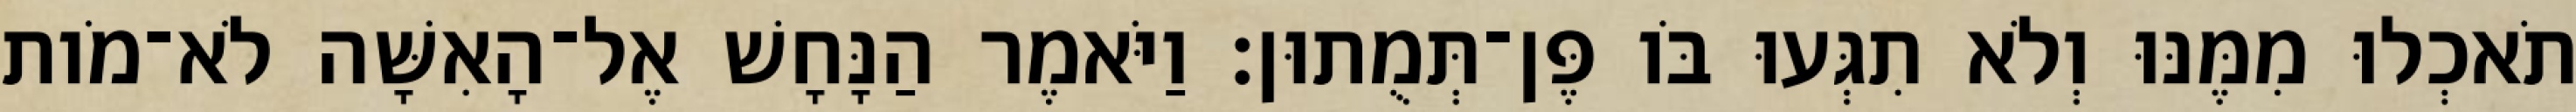
תֹאכְלוּ מִמֶּנּוּ וְלֹא תִגְּעוּ בֹּו פֶּן־תְּמֻתוּן׃ וַיֹּאמֶר הַנָּחָשׁ אֶל־הָאִשָּׁה לֹא־מֹות